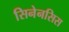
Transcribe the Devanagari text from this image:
सिनेनसिस